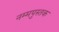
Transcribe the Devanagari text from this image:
नम्मपुस्तक